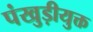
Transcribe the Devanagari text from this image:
पंखुड़ीयुक्त